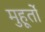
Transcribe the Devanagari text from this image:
मुहूर्तो